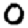
Digit: 0